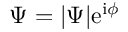
\Psi = | \Psi | \mathrm { e } ^ { \mathrm { i } \phi }